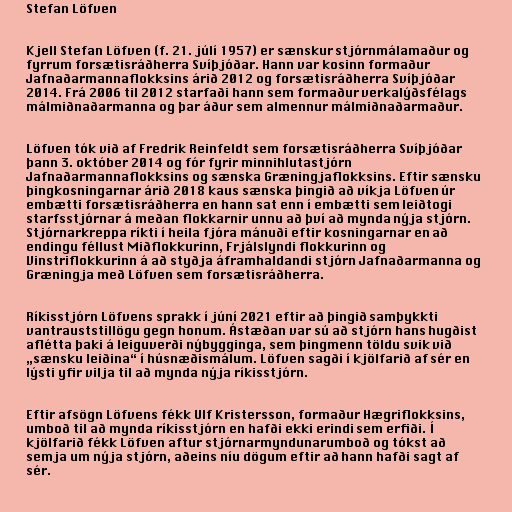
Stefan Löfven

Kjell Stefan Löfven (f. 21. júlí 1957) er sænskur stjórnmálamaður og
fyrrum forsætisráðherra Svíþjóðar. Hann var kosinn formaður
Jafnaðarmannaflokksins árið 2012 og forsætisráðherra Svíþjóðar
2014. Frá 2006 til 2012 starfaði hann sem formaður verkalýðsfélags
málmiðnaðarmanna og þar áður sem almennur málmiðnaðarmaður.

Löfven tók við af Fredrik Reinfeldt sem forsætisráðherra Svíþjóðar
þann 3. október 2014 og fór fyrir minnihlutastjórn
Jafnaðarmannaflokksins og sænska Græningjaflokksins. Eftir sænsku
þingkosningarnar árið 2018 kaus sænska þingið að víkja Löfven úr
embætti forsætisráðherra en hann sat enn í embætti sem leiðtogi
starfsstjórnar á meðan flokkarnir unnu að því að mynda nýja stjórn.
Stjórnarkreppa ríkti í heila fjóra mánuði eftir kosningarnar en að
endingu féllust Miðflokkurinn, Frjálslyndi flokkurinn og
Vinstriflokkurinn á að styðja áframhaldandi stjórn Jafnaðarmanna og
Græningja með Löfven sem forsætisráðherra.

Ríkisstjórn Löfvens sprakk í júní 2021 eftir að þingið samþykkti
vantrauststillögu gegn honum. Ástæðan var sú að stjórn hans hugðist
aflétta þaki á leiguverði nýbygginga, sem þingmenn töldu svik við
„sænsku leiðina“ í húsnæðismálum. Löfven sagði í kjölfarið af sér en
lýsti yfir vilja til að mynda nýja ríkisstjórn.

Eftir afsögn Löfvens fékk Ulf Kristersson, formaður Hægriflokksins,
umboð til að mynda ríkisstjórn en hafði ekki erindi sem erfiði. Í
kjölfarið fékk Löfven aftur stjórnarmyndunarumboð og tókst að
semja um nýja stjórn, aðeins níu dögum eftir að hann hafði sagt af
sér.